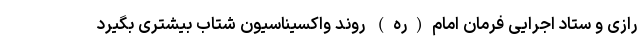
رازی و ستاد اجرایی فرمان امام(ره) روند واکسیناسیون شتاب بیشتری بگیرد